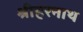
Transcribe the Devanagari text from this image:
श्रीहरनाथ